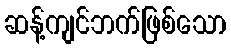
ဆန့်ကျင်ဘက်ဖြစ်သော